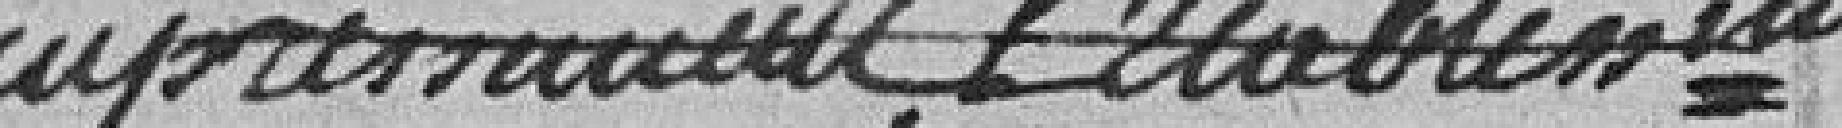
d' impressionnée l'établissement